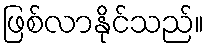
ဖြစ်လာနိုင်သည်။